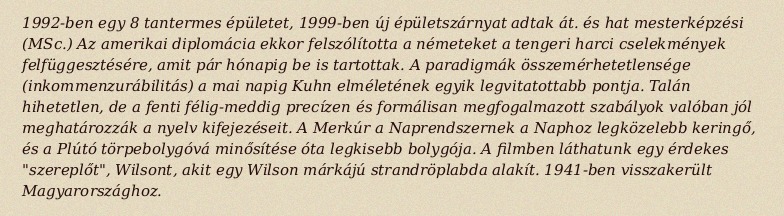
1992-ben egy 8 tantermes épületet, 1999-ben új épületszárnyat adtak át. és hat mesterképzési (MSc.) Az amerikai diplomácia ekkor felszólította a németeket a tengeri harci cselekmények felfüggesztésére, amit pár hónapig be is tartottak. A paradigmák összemérhetetlensége (inkommenzurábilitás) a mai napig Kuhn elméletének egyik legvitatottabb pontja. Talán hihetetlen, de a fenti félig-meddig precízen és formálisan megfogalmazott szabályok valóban jól meghatározzák a nyelv kifejezéseit. A Merkúr a Naprendszernek a Naphoz legközelebb keringő, és a Plútó törpebolygóvá minősítése óta legkisebb bolygója. A filmben láthatunk egy érdekes "szereplőt", Wilsont, akit egy Wilson márkájú strandröplabda alakít. 1941-ben visszakerült Magyarországhoz.